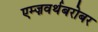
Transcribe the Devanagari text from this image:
एम्ज़वर्थबरोबर